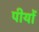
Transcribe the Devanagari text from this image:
पीयों